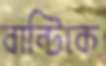
বান্টিকে